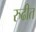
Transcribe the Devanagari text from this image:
रुढीत